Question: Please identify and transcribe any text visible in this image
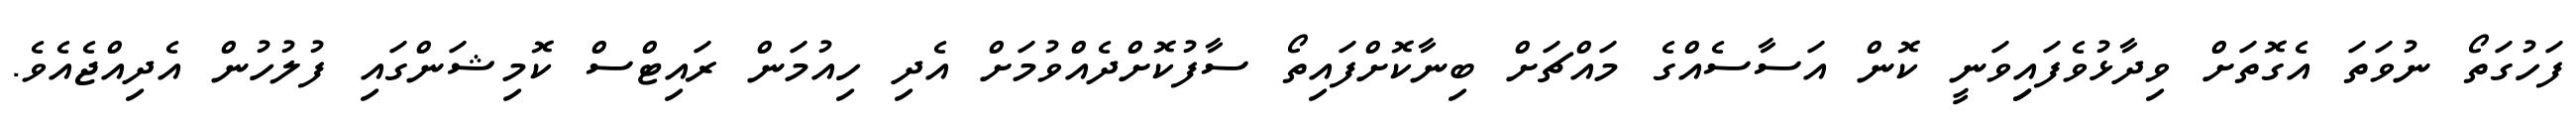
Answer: ފަހުގަތޯ ނުވަތަ އެގޮތަށް ވިދާޅުވެފައިިވަނީ ކޮން އަސާސެއްގެ މައްޗަށް ބިނާކޮށްފައިތޯ ސާފުކޮށްދެއްވުމަށް އެދި ހިއުމަން ރައިޓްސް ކޮމިޝަންގައި ފުލުހުން އެދިއްޖެއެވެ.